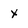
Character: x